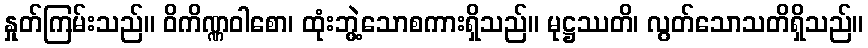
နှုတ်ကြမ်းသည်။ ဝိကိဏ္ဏဝါစော၊ ထုံးဘွဲ့သောစကားရှိသည်။ မုဋ္ဌဿတိ၊ လွတ်သောသတိရှိသည်။